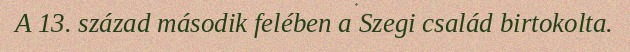
A 13. század második felében a Szegi család birtokolta.